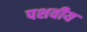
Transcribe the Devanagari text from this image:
पशवीय